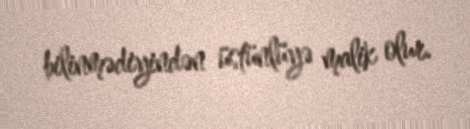
bilinmədiyindən üstünlüyə malik olur.